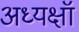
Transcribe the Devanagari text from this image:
अध्यक्षॉ